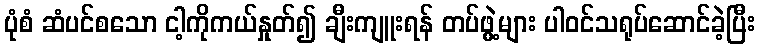
ပုံစံ ဆံပင်စသော ငါ့ကိုကယ်နှုတ်၍ ချီးကျူးရန် တပ်ဖွဲ့များ ပါဝင်သရုပ်ဆောင်ခဲ့ပြီး